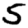
Digit: 5